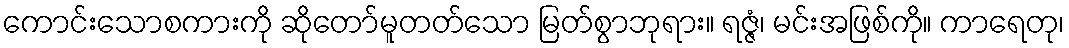
ကောင်းသောစကားကို ဆိုတော်မူတတ်သော မြတ်စွာဘုရား။ ရဇ္ဇံ၊ မင်းအဖြစ်ကို။ ကာရေတု၊